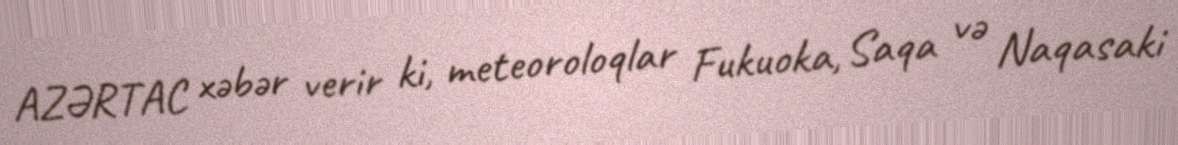
AZƏRTAC xəbər verir ki, meteoroloqlar Fukuoka, Saqa və Naqasaki